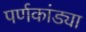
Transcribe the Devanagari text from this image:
पर्णकांड्या